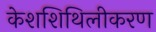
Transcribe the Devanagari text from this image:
केशशिथिलीकरण